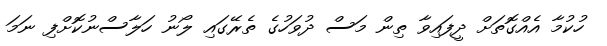
ހުކުމާ އެއްގޮތަށް ދީފައިވާ ތިން މަސް ދުވަހުގެ ތެރޭގައި ލޯނު ހަލާސްނުކޮށްފި ނަމަ